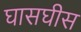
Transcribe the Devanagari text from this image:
घासघीस